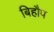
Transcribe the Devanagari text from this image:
बिहौप